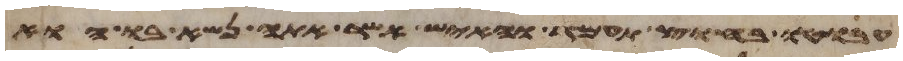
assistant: עבוטו בחוץ תעמד והאיש אשר אתה נשא בו הוא